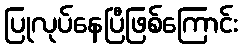
ပြုလုပ်နေပြီဖြစ်ကြောင်း